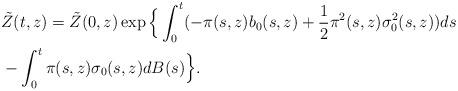
LaTeX: \begin{align*}&\tilde{Z}(t,z)=\tilde{Z}(0,z)\exp \Big\{\int_0^t(-\pi(s,z)b_0(s,z)+\frac{1}{2}\pi^2(s,z)\sigma_0^2(s,z))ds\\&-\int_0^t\pi(s,z)\sigma_0(s,z)dB(s)\Big\}.\end{align*}